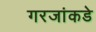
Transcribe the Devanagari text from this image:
गरजांकडे